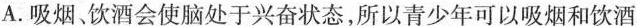
A.吸烟、饮酒会使脑处于兴奋状态，所以青少年可以吸烟和饮酒